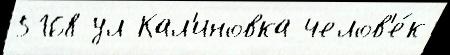
5168 ул Кал'иновка челов'е́к